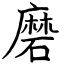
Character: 磨